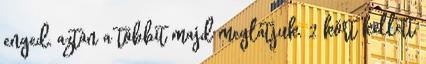
enged, aztán a többit majd meglátjuk. 2 kört kellett